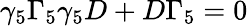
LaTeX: \gamma_{5}\Gamma_{5}\gamma_{5}D+D\Gamma_{5}=0